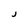
Character: j